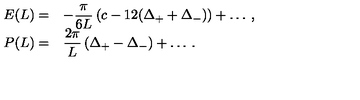
\begin{array} { r l } { \displaystyle E ( L ) = } & { - \displaystyle \frac { \pi } { 6 L } \left( c - 1 2 ( \Delta _ { + } + \Delta _ { - } ) \right) + \ldots \: , } \\ { P ( L ) = } & { \displaystyle \frac { 2 \pi } { L } \left( \Delta _ { + } - \Delta _ { - } \right) + \ldots \: . } \\ \end{array}